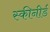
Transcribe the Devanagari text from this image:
स्कीनीर्ड